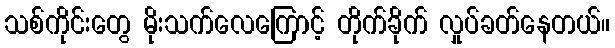
သစ်ကိုင်းတွေ မိုးသက်လေကြောင့် တိုက်ခိုက် လှုပ်ခတ်နေတယ်။